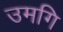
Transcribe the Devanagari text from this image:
उमगि